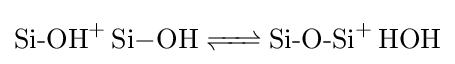
{\ce {{Si-OH}+ Si-OH <=> {Si-O-Si}+ HOH}}